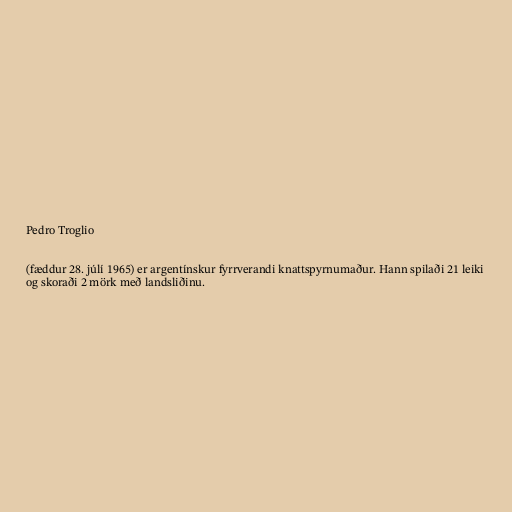
Pedro Troglio

(fæddur 28. júlí 1965) er argentínskur fyrrverandi knattspyrnumaður. Hann spilaði 21 leiki
og skoraði 2 mörk með landsliðinu.